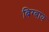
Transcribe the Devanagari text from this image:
बिग्बाय